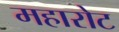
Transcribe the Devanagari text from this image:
महारोट